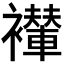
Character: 𫌖